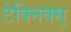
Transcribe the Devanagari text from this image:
टेक्निक्स्